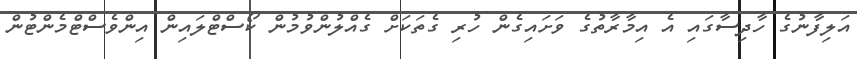
އަލިފާނުގެ ހާދިސާގައި އެ އިމާރާތުގެ ވަށައިގެން ހުރި ގެތަކަށް ގެއްލުންވުމުން ކޯސްޓްލައިން އިންވެސްޓްމެންޓުން